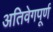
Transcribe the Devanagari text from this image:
अतिवेगपूर्ण